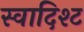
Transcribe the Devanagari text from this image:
स्वादिश्ट